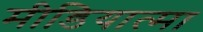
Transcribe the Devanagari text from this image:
मीडियात्मा